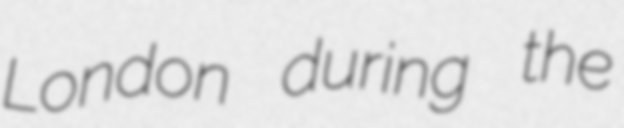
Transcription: London during the